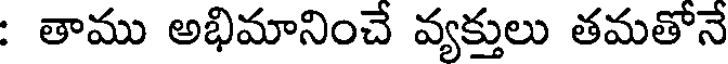
: తాము అభిమానించే వ్యక్తులు తమతోనే